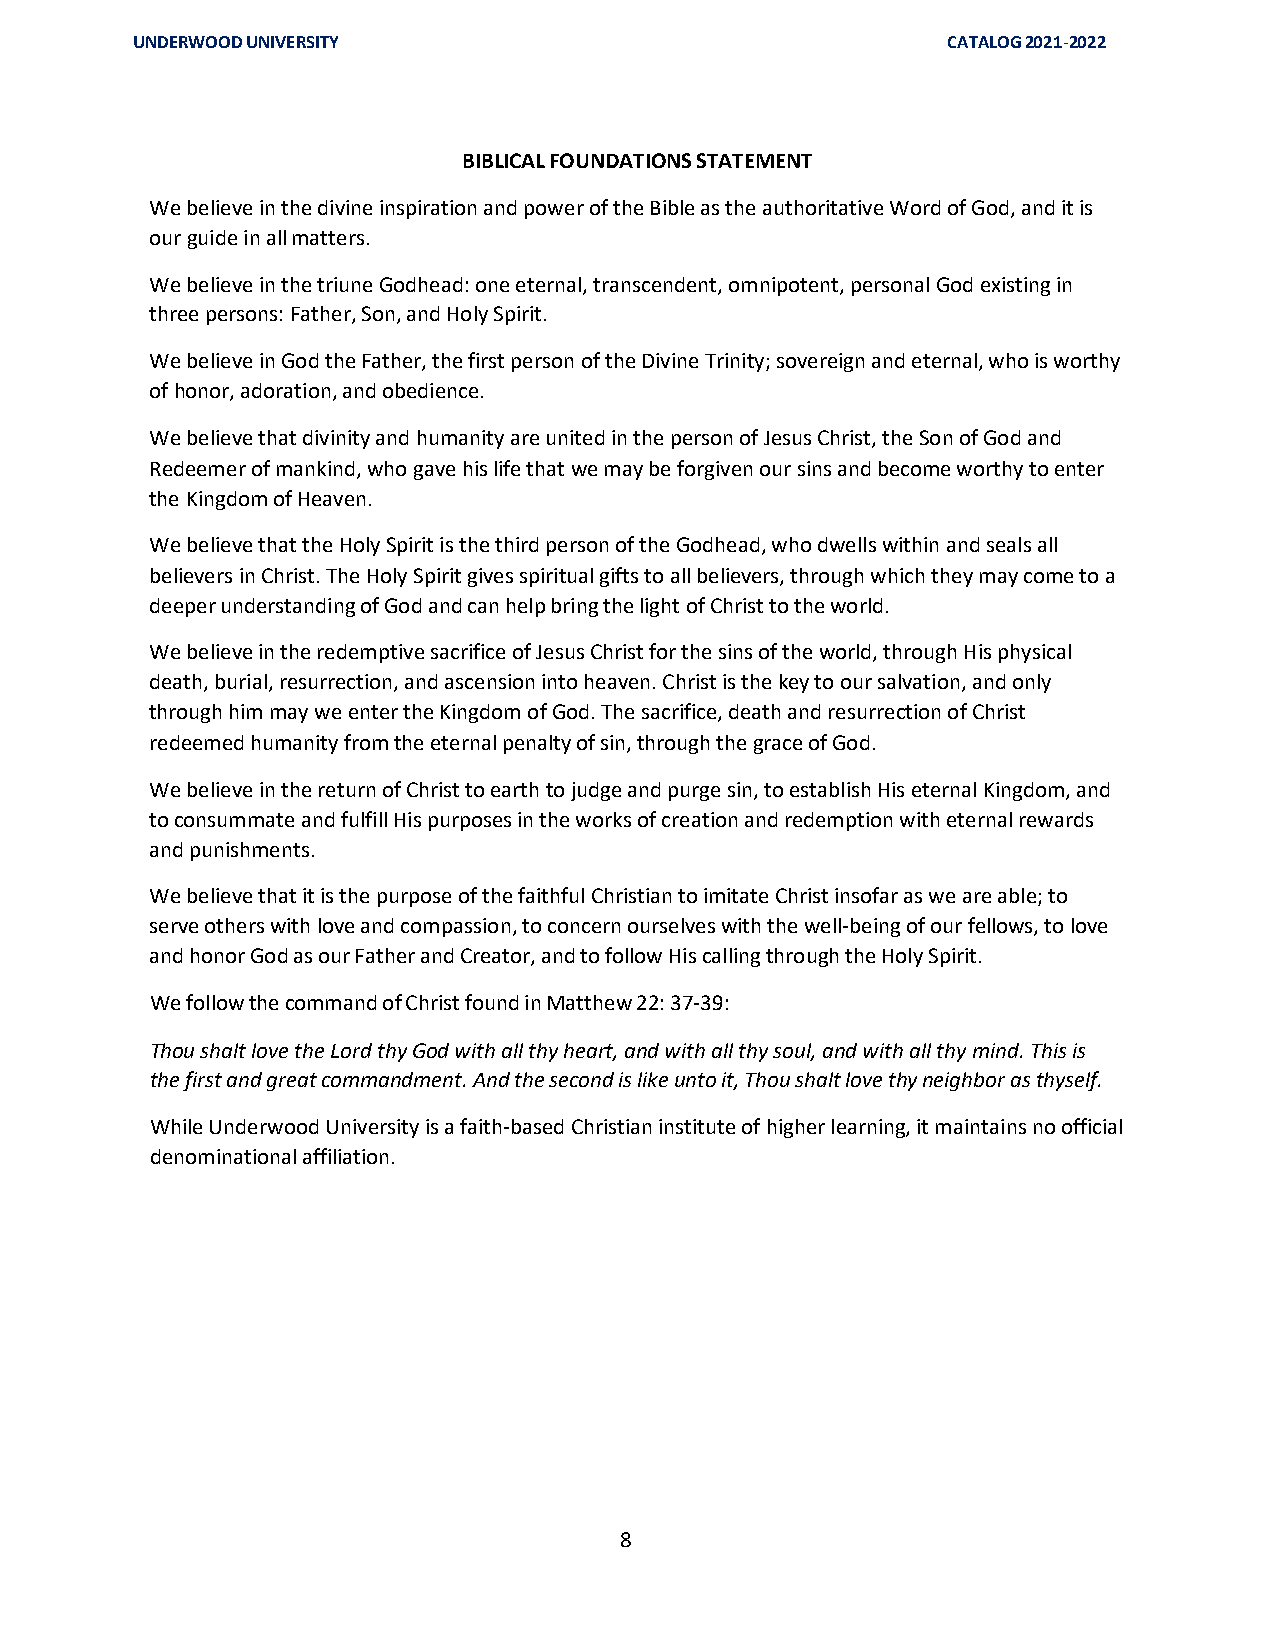
UNDERWOOD UNIVERSITY                                  CATALOG 2021-2022
 BIBLICAL FOUNDATIONS STATEMENT
 We believe in the divine inspiration and power of the Bible as the authoritative Word of God, and it is
 our guide in all matters.
 We believe in the triune Godhead: one eternal, transcendent, omnipotent, personal God existing in
 three persons: Father, Son, and Holy Spirit.
 We believe in God the Father, the first person of the Divine Trinity; sovereign and eternal, who is worthy
 of honor, adoration, and obedience.
 We believe that divinity and humanity are united in the person of Jesus Christ, the Son of God and
 Redeemer of mankind, who gave his life that we may be forgiven our sins and become worthy to enter
 the Kingdom of Heaven.
 We believe that the Holy Spirit is the third person of the Godhead, who dwells within and seals all
 believers in Christ. The Holy Spirit gives spiritual gifts to all believers, through which they may come to a
 deeper understanding of God and can help bring the light of Christ to the world.
 We believe in the redemptive sacrifice of Jesus Christ for the sins of the world, through His physical
 death, burial, resurrection, and ascension into heaven. Christ is the key to our salvation, and only
 through him may we enter the Kingdom of God. The sacrifice, death and resurrection of Christ
 redeemed humanity from the eternal penalty of sin, through the grace of God.
 We believe in the return of Christ to earth to judge and purge sin, to establish His eternal Kingdom, and
 to consummate and fulfill His purposes in the works of creation and redemption with eternal rewards
 and punishments.
 We believe that it is the purpose of the faithful Christian to imitate Christ insofar as we are able; to
 serve others with love and compassion, to concern ourselves with the well-being of our fellows, to love
 and honor God as our Father and Creator, and to follow His calling through the Holy Spirit.
 We follow the command of Christ found in Matthew 22: 37-39:
 Thou shalt love the Lord thy God with all thy heart, and with all thy soul, and with all thy mind. This is
 the first and great commandment. And the second is like unto it, Thou shalt love thy neighbor as thyself.
 While Underwood University is a faith-based Christian institute of higher learning, it maintains no official
 denominational affiliation.
 8